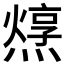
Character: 𤏂